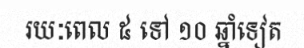
រយៈពេល ៥ ទៅ ១០ ឆ្នាំទៀត